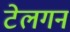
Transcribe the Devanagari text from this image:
टेलगन